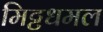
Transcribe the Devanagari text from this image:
मिट्टधमल